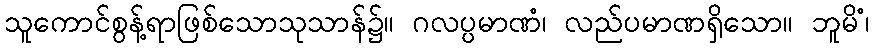
သူကောင်စွန့်ရာဖြစ်သောသုသာန်၌။ ဂလပ္ပမာဏံ၊ လည်ပမာဏရှိသော။ ဘူမိံ၊